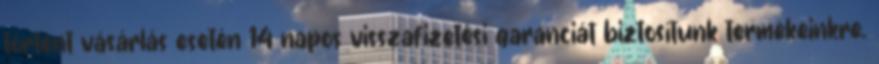
történt vásárlás esetén 14 napos visszafizetési garanciát biztosítunk termékeinkre.